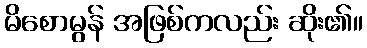
မိစောမွန် အဖြစ်ကလည်း ဆိုး၏။